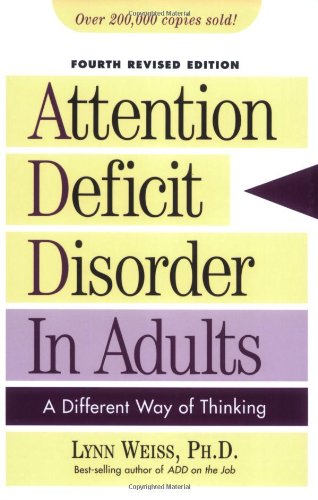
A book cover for Attention Deficit Disorder in Adults: A Different Way of Thinking; Lynn Weiss; Health, Fitness & Dieting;